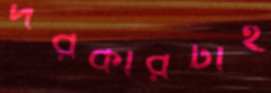
দরকারটাই